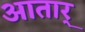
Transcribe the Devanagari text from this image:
आतार्